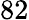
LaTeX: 82